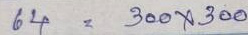
64 = 300 x 300